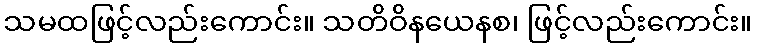
သမထဖြင့်လည်းကောင်း။ သတိဝိနယေနစ၊ ဖြင့်လည်းကောင်း။